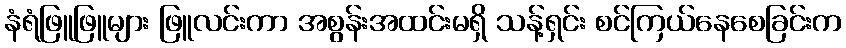
နံရံဖြူဖြူများ ဖြူလင်းကာ အစွန်းအထင်းမရှိ သန့်ရှင်း စင်ကြယ်နေစေခြင်းက